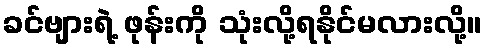
ခင်ဗျားရဲ့ ဖုန်းကို သုံးလို့ရနိုင်မလားလို့။